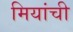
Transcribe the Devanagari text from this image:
मियांची